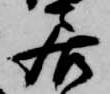
居